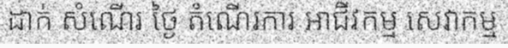
ដាក់ សំណើរ ថ្ងៃ តំណើរការ អាជីវកម្ម សេវាកម្ម